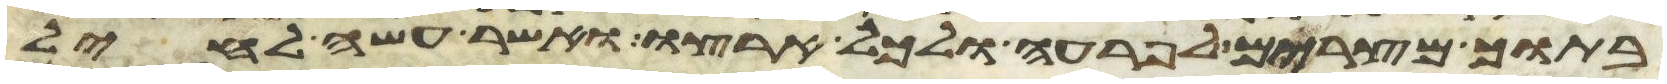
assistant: בתוך מצרים לפרעה ולכל ארצו ואשר עשה לחיל